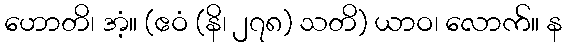
ဟောတိ၊ အံ့။ (ဧဝံ (နိ၊ ၂၇၈) သတိ) ယာဝ၊ လောက်။ န